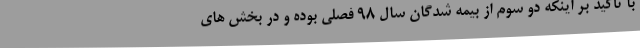
با تأکید بر اینکه دو سوم از بیمه شدگان سال 98 فصلی بوده و در بخش های